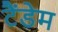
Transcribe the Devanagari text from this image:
टैंडेम